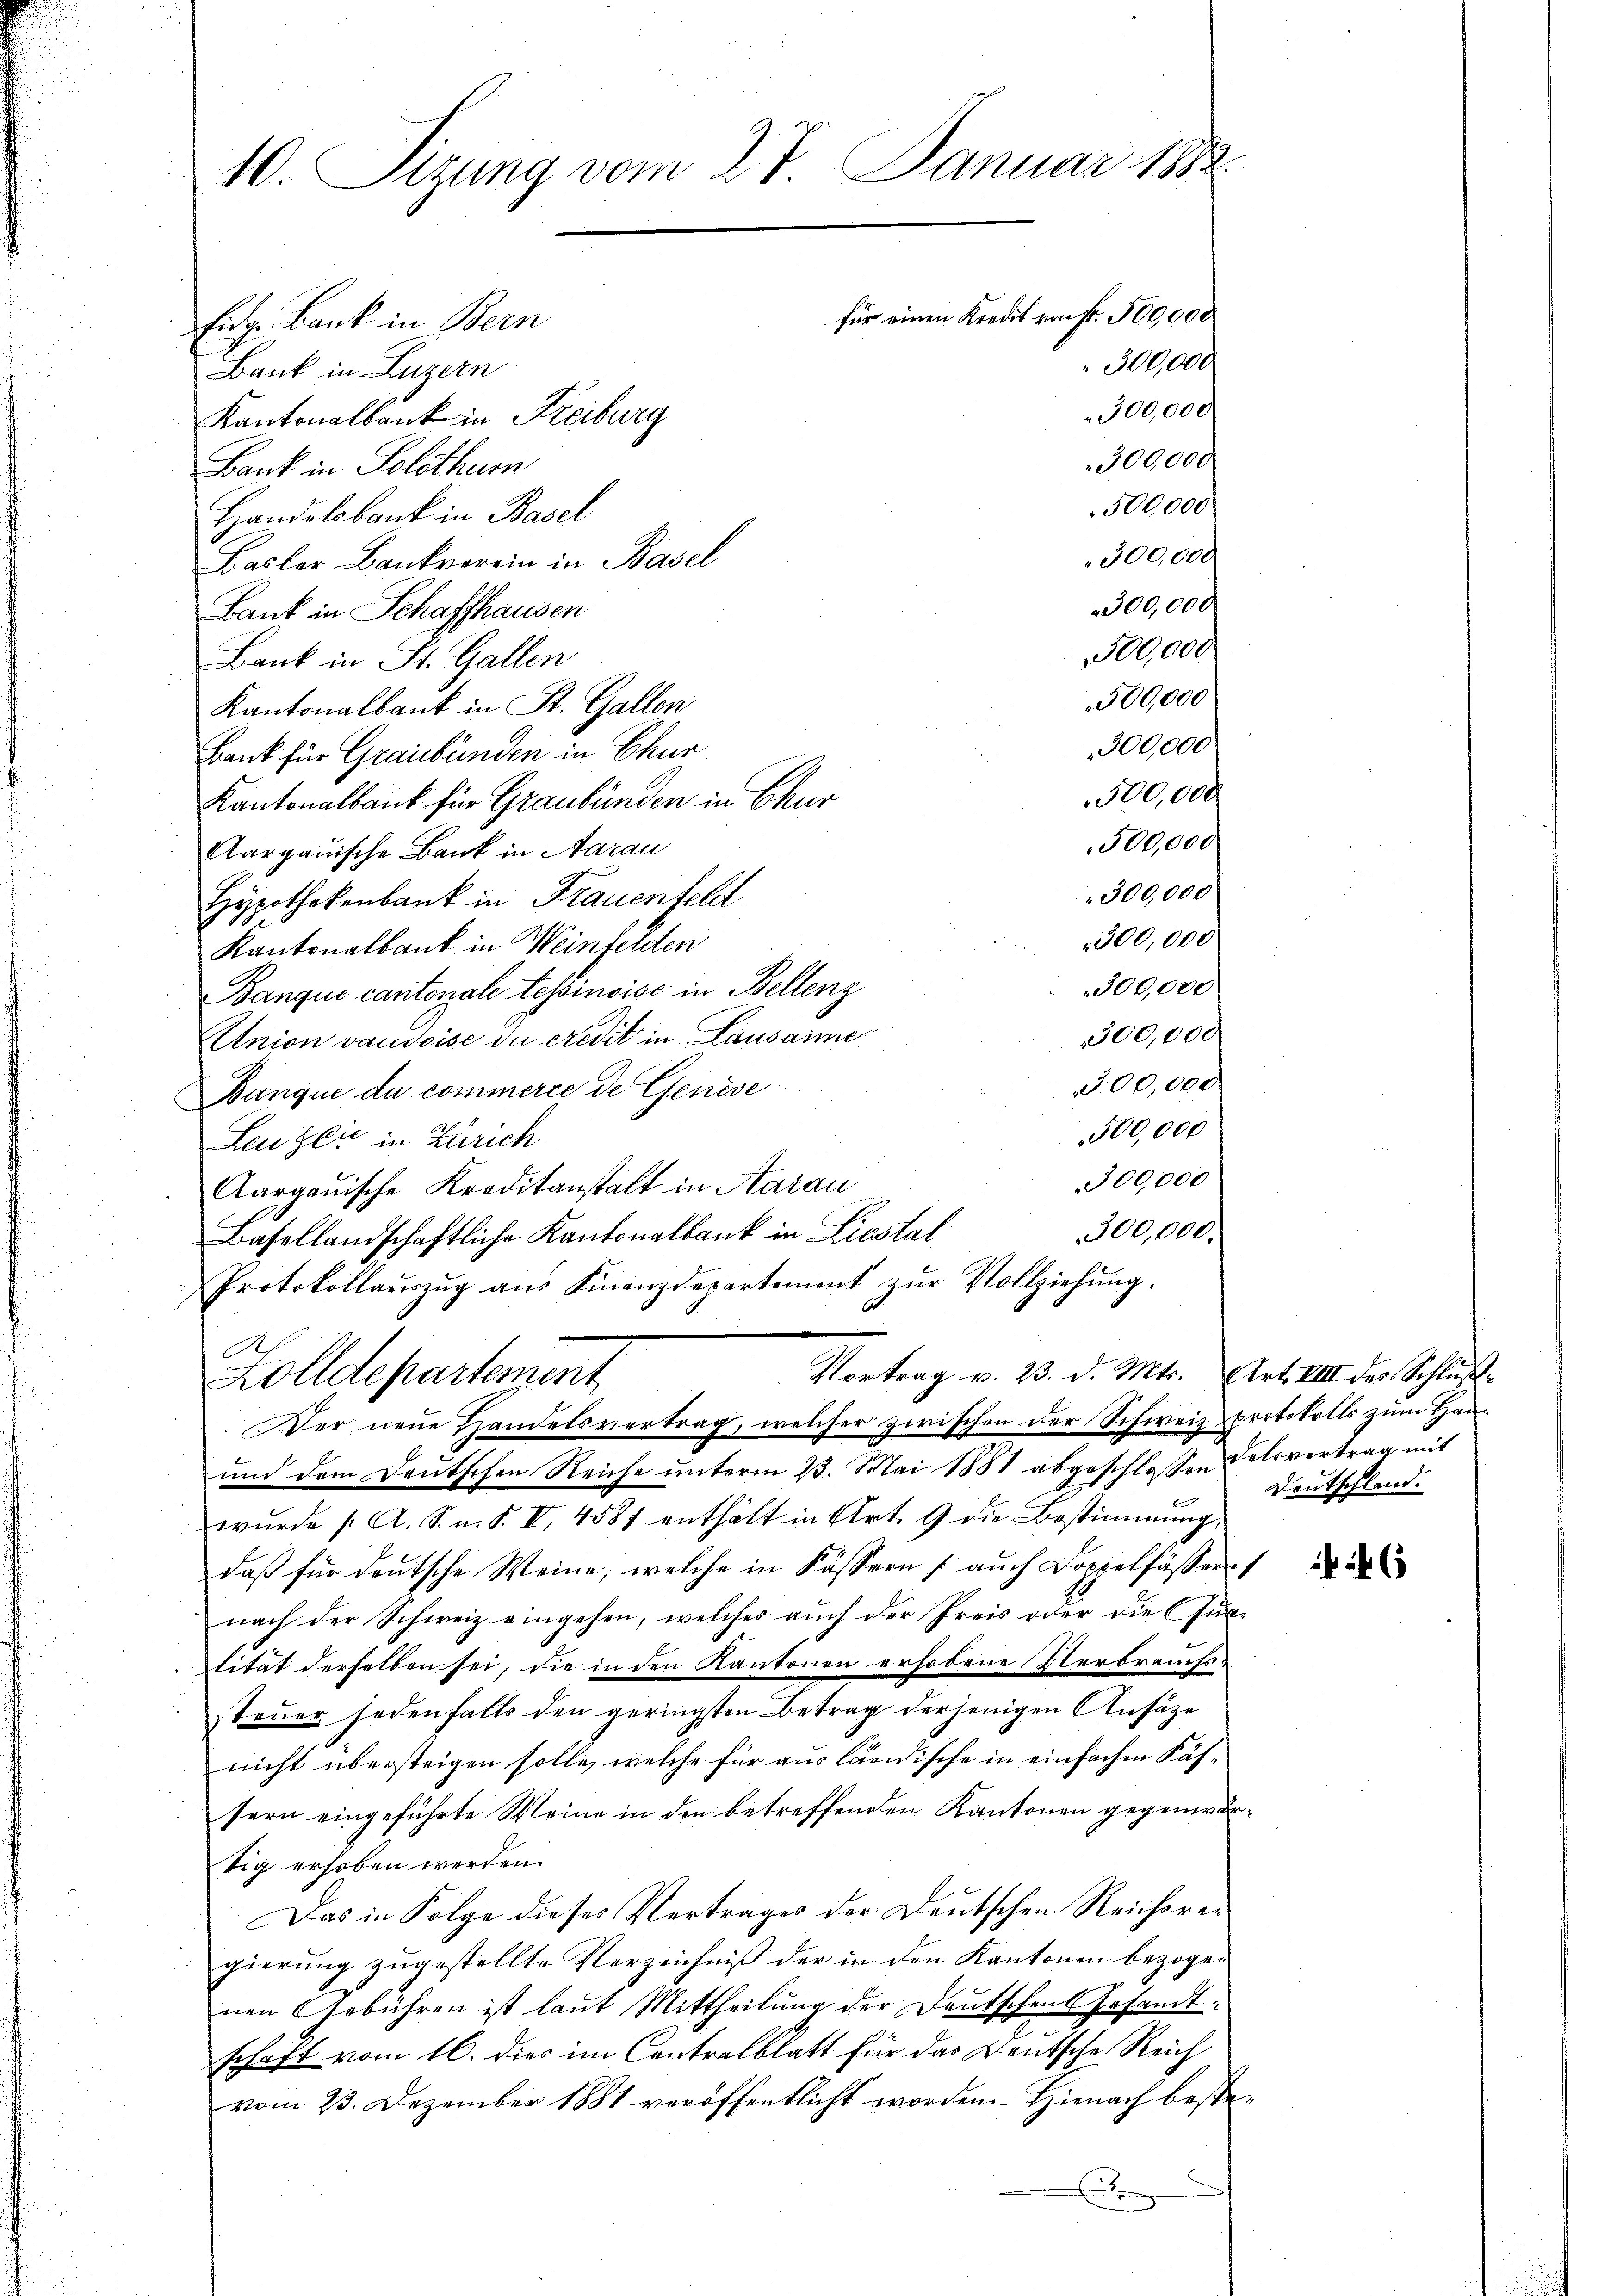
10. Sizung vom 27. Januar 1882.
für einen Kredit von Fr. 500,000
Eidg. Bank in Bern
" 300,000
Bank in Luzern
300,000
Kantonalbank in Freiburg
300,000
Bank in Solothur
500,000
Handelsbank in Basel
300,000
Basler Bankverein in Basel
300,000
Bank in Schaffhausen
500,000
Bank in St. Gallen
500,000
Kantonalbank in St. Gallen
300,000
Bank für Graubünden in Chur
500,000
Kantonalbank für Graubünden in Chur
500,000.
Aargauische Bank in Aarau
09000
Hypothekenbank in Frauenfeld
300,000
Kantonalbank in Weinfelden
300,000
Banque cantonale tessinoise in Bellenz
300,000
Union vaudoise du credit in Lausamme

300,000
Banque du commerce de Genese
500,000
Leuzlić in Zürich
300,000
Aargauische Kreditanstalt in Aarau
l
Basellandschaftliche Kantonalbank in Liestal
Protokollauszug aus Finanzdepartement zur Vollziehung:
A
Vortrag v. 23. d. Mts. Art. VIII des Schluß¬
Zolldepartement
Der neue Handelsvertrag, welcher zwischen der Schweiz & Protokolls zum Han¬
und dem Deutschen Reiche unterm 23. Mai 1881 abgeschlossen Felsvertrag mit
wurde (A. S. n. F. VI, 4587 enthält in Art. 9 die Bestimmung,
daß für deutsche Weine, welche in Fässern (auch Doppelfässer
nach der Schweiz eingehen, welches auch der Preis oder die Jutität derselben sei, die in den Kantonen erhobene Verbrauchssteuer jedenfalls den geringsten Betrag derjenigen Ansätze
nicht übersteigen solle, welche für aus ländische in einfachen Fässern eingeführte Weine in den betreffenden Kantonen gegenwärtig erhoben werden.
Das in Folge dieses Vertrages der Deutschen Reichreigierung zugestellte Verzeichniß der in den Kantonen bezogen
nen Gebühren ist laut Mittheilung der Deutschen Gesandt-
schaft vom 16. dies im Contralblatt für das Deutsche Reich
vom 23. Dezember 1881 veröffentlicht worden. Hienach beste¬

Deutschland.

f